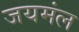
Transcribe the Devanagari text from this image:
जयमंल